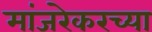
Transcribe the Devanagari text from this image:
मांजरेकरच्या